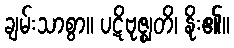
ချမ်းသာစွာ။ ပဋိဗုဇ္ဈတိ၊ နိုး၏။